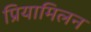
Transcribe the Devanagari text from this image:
प्रियामिलन